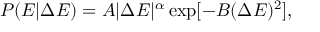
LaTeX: P ( E | \Delta E ) = A | \Delta E | ^ { \alpha } \exp [ - B ( \Delta E ) ^ { 2 } ] ,